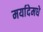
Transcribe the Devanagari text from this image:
मर्यादेमधे